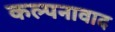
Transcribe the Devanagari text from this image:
कल्पनावाद